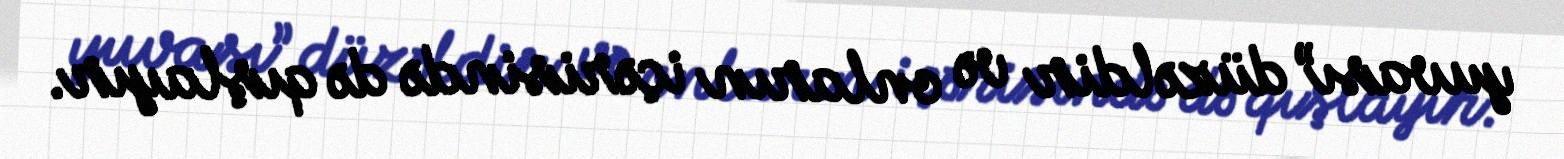
yuvası” düzəldir və onların içərisində də qışlayır.